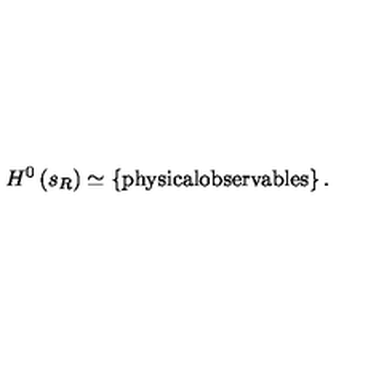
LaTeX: H ^ { 0 } \left( s _ { R } \right) \simeq \left\{ \mathrm { p h y s i c a l o b s e r v a b l e s } \right\} .